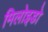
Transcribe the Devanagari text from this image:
मिलोइडो